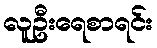
လူဦးရေစာရင်း